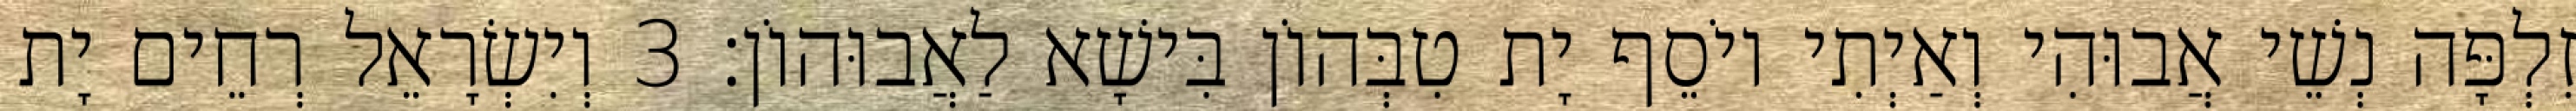
זִלְפָּה נְשֵׁי אֲבוּהִי וְאַיְתִי יוֹסֵף יָת טִבְּהוֹן בִּישָׁא לַאֲבוּהוֹן׃ 3 וְיִשְׂרָאֵל רְחֵים יָת